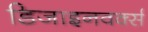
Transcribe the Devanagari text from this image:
डिजाइनवर्क्स